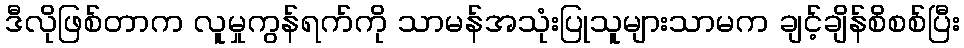
ဒီလိုဖြစ်တာက လူမှုကွန်ရက်ကို သာမန်အသုံးပြုသူများသာမက ချင့်ချိန်စိစစ်ပြီး